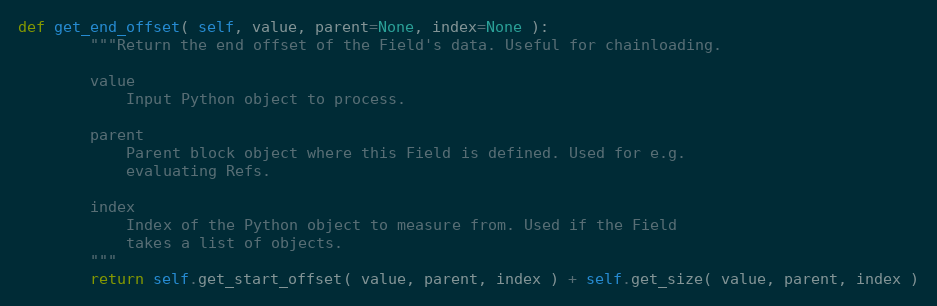
Language: Python
def get_end_offset( self, value, parent=None, index=None ):
        """Return the end offset of the Field's data. Useful for chainloading.

        value
            Input Python object to process.

        parent
            Parent block object where this Field is defined. Used for e.g.
            evaluating Refs.

        index
            Index of the Python object to measure from. Used if the Field
            takes a list of objects.
        """
        return self.get_start_offset( value, parent, index ) + self.get_size( value, parent, index )